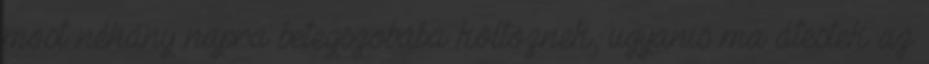
most néhány napra betegszobába költöznek, ugyanis ma átestek az